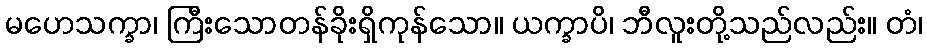
မဟေသက္ခာ၊ ကြီးသောတန်ခိုးရှိကုန်သော။ ယက္ခာပိ၊ ဘီလူးတို့သည်လည်း။ တံ၊